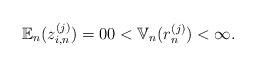
LaTeX: \begin{align*}\mathbb{E}_n(z^{(j)}_{i,n}) = 0 0 < \mathbb{V}_n(r^{(j)}_n) < \infty.\end{align*}